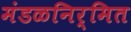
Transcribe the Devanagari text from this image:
मंडळनिर्मित